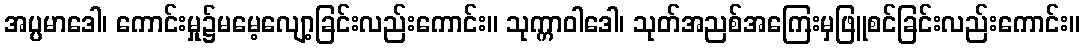
အပ္ပမာဒေါ၊ ကောင်းမှု၌မမေ့လျော့ခြင်းလည်းကောင်း။ သုက္ကာဝါဒေါ၊ သုတ်အညစ်အကြေးမှဖြူစင်ခြင်းလည်းကောင်း။